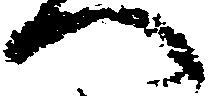
へ